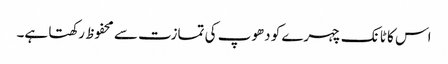
اس کا ٹانک چہرے کو دھوپ کی تمازت سے محفوظ رکھتا ہے۔